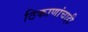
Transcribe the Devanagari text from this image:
ठिकाणांचाही